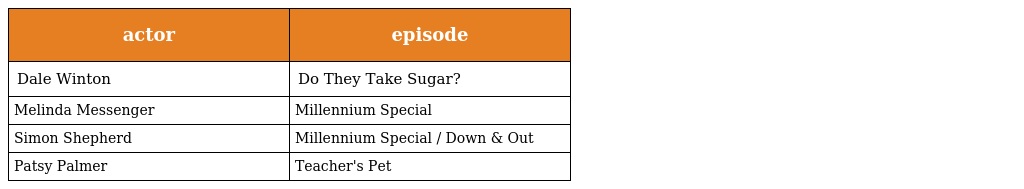
| actor | episode |
 | --- | --- |
 | Dale Winton | Do They Take Sugar? |
 | Melinda Messenger | Millennium Special |
 | Simon Shepherd | Millennium Special / Down & Out |
 | Patsy Palmer | Teacher's Pet |